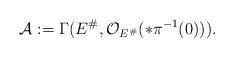
LaTeX: \begin{align*}\mathcal A:=\Gamma(E^\#,\mathcal O_{E^\#}(*\pi^{-1}(0))). \end{align*}